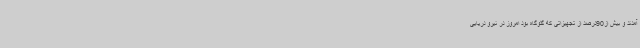
آمدند و بیش از90درصد از تجهیزاتی که گلوگاه بود امروز در نیرو دریایی